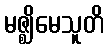
မဇ္ဈိမေသူတိ